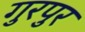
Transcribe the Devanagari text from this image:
गुरपुर